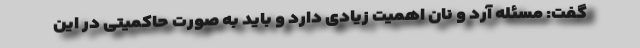
گفت: مسئله آرد و نان اهمیت زیادی دارد و باید به صورت حاکمیتی در این